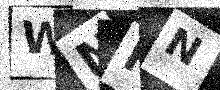
Text: WNHN